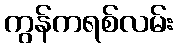
ကွန်ကရစ်လမ်း